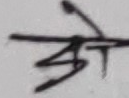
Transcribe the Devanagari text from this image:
झे